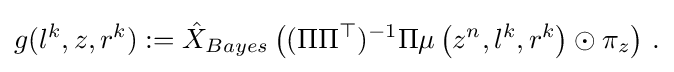
{\begin{aligned}g(l^{k},z,r^{k}):={\hat {X}}_{Bayes}\left((\Pi \Pi ^{\top })^{-1}\Pi \mu \left(z^{n},l^{k},r^{k}\right)\odot \pi _{z}\right)\,.\end{aligned}}